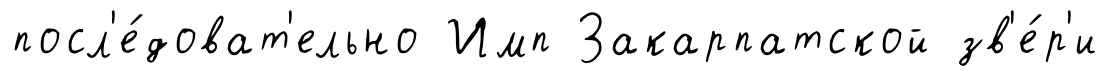
посл'е́доват'ельно Имп Закарпатской зв'е́р'и